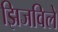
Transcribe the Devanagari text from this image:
झिजविले